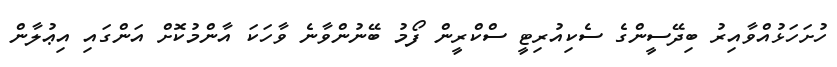
ހުށަހަޅުއްވާއިރު ބިދޭސީންގެ ސެކިއުރިޓީ ސްކްރީން ފޯމު ބޭނުންވާނެ ވާހަކަ އާންމުކޮށް އަންގައި އިޢުލާން